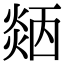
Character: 𤌜